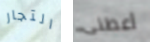
التجار أعطنى